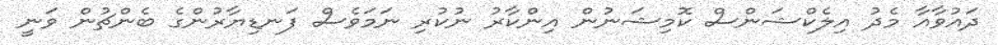
ދައުވާއާ މެދު އިލެކްޝަންސް ކޮމިޝަނުން އިންކާރު ނުކުރި ނަމަވެސް ފަނޑިޔާރުންގެ ބެންޗުން ވަނީ